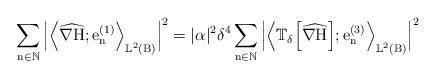
LaTeX: \begin{align*}\sum_{\mathrm{n}\in \mathbb{N}}\Big|\Big\langle\widehat{\nabla \mathrm{H}};\mathrm{e}^{(1)}_\mathrm{n}\Big\rangle_{\mathbb{L}^2(\mathrm{B})}\Big|^2 = |\alpha|^2 \delta^{4}\sum_{\mathrm{n}\in \mathbb{N}}\Big|\Big\langle \mathbb{T}_\delta\Big[\widehat{\nabla\mathrm{H}}\Big];\mathrm{e}^{(3)}_\mathrm{n}\Big\rangle_{\mathbb{L}^2(\mathrm{B})}\Big|^2\end{align*}